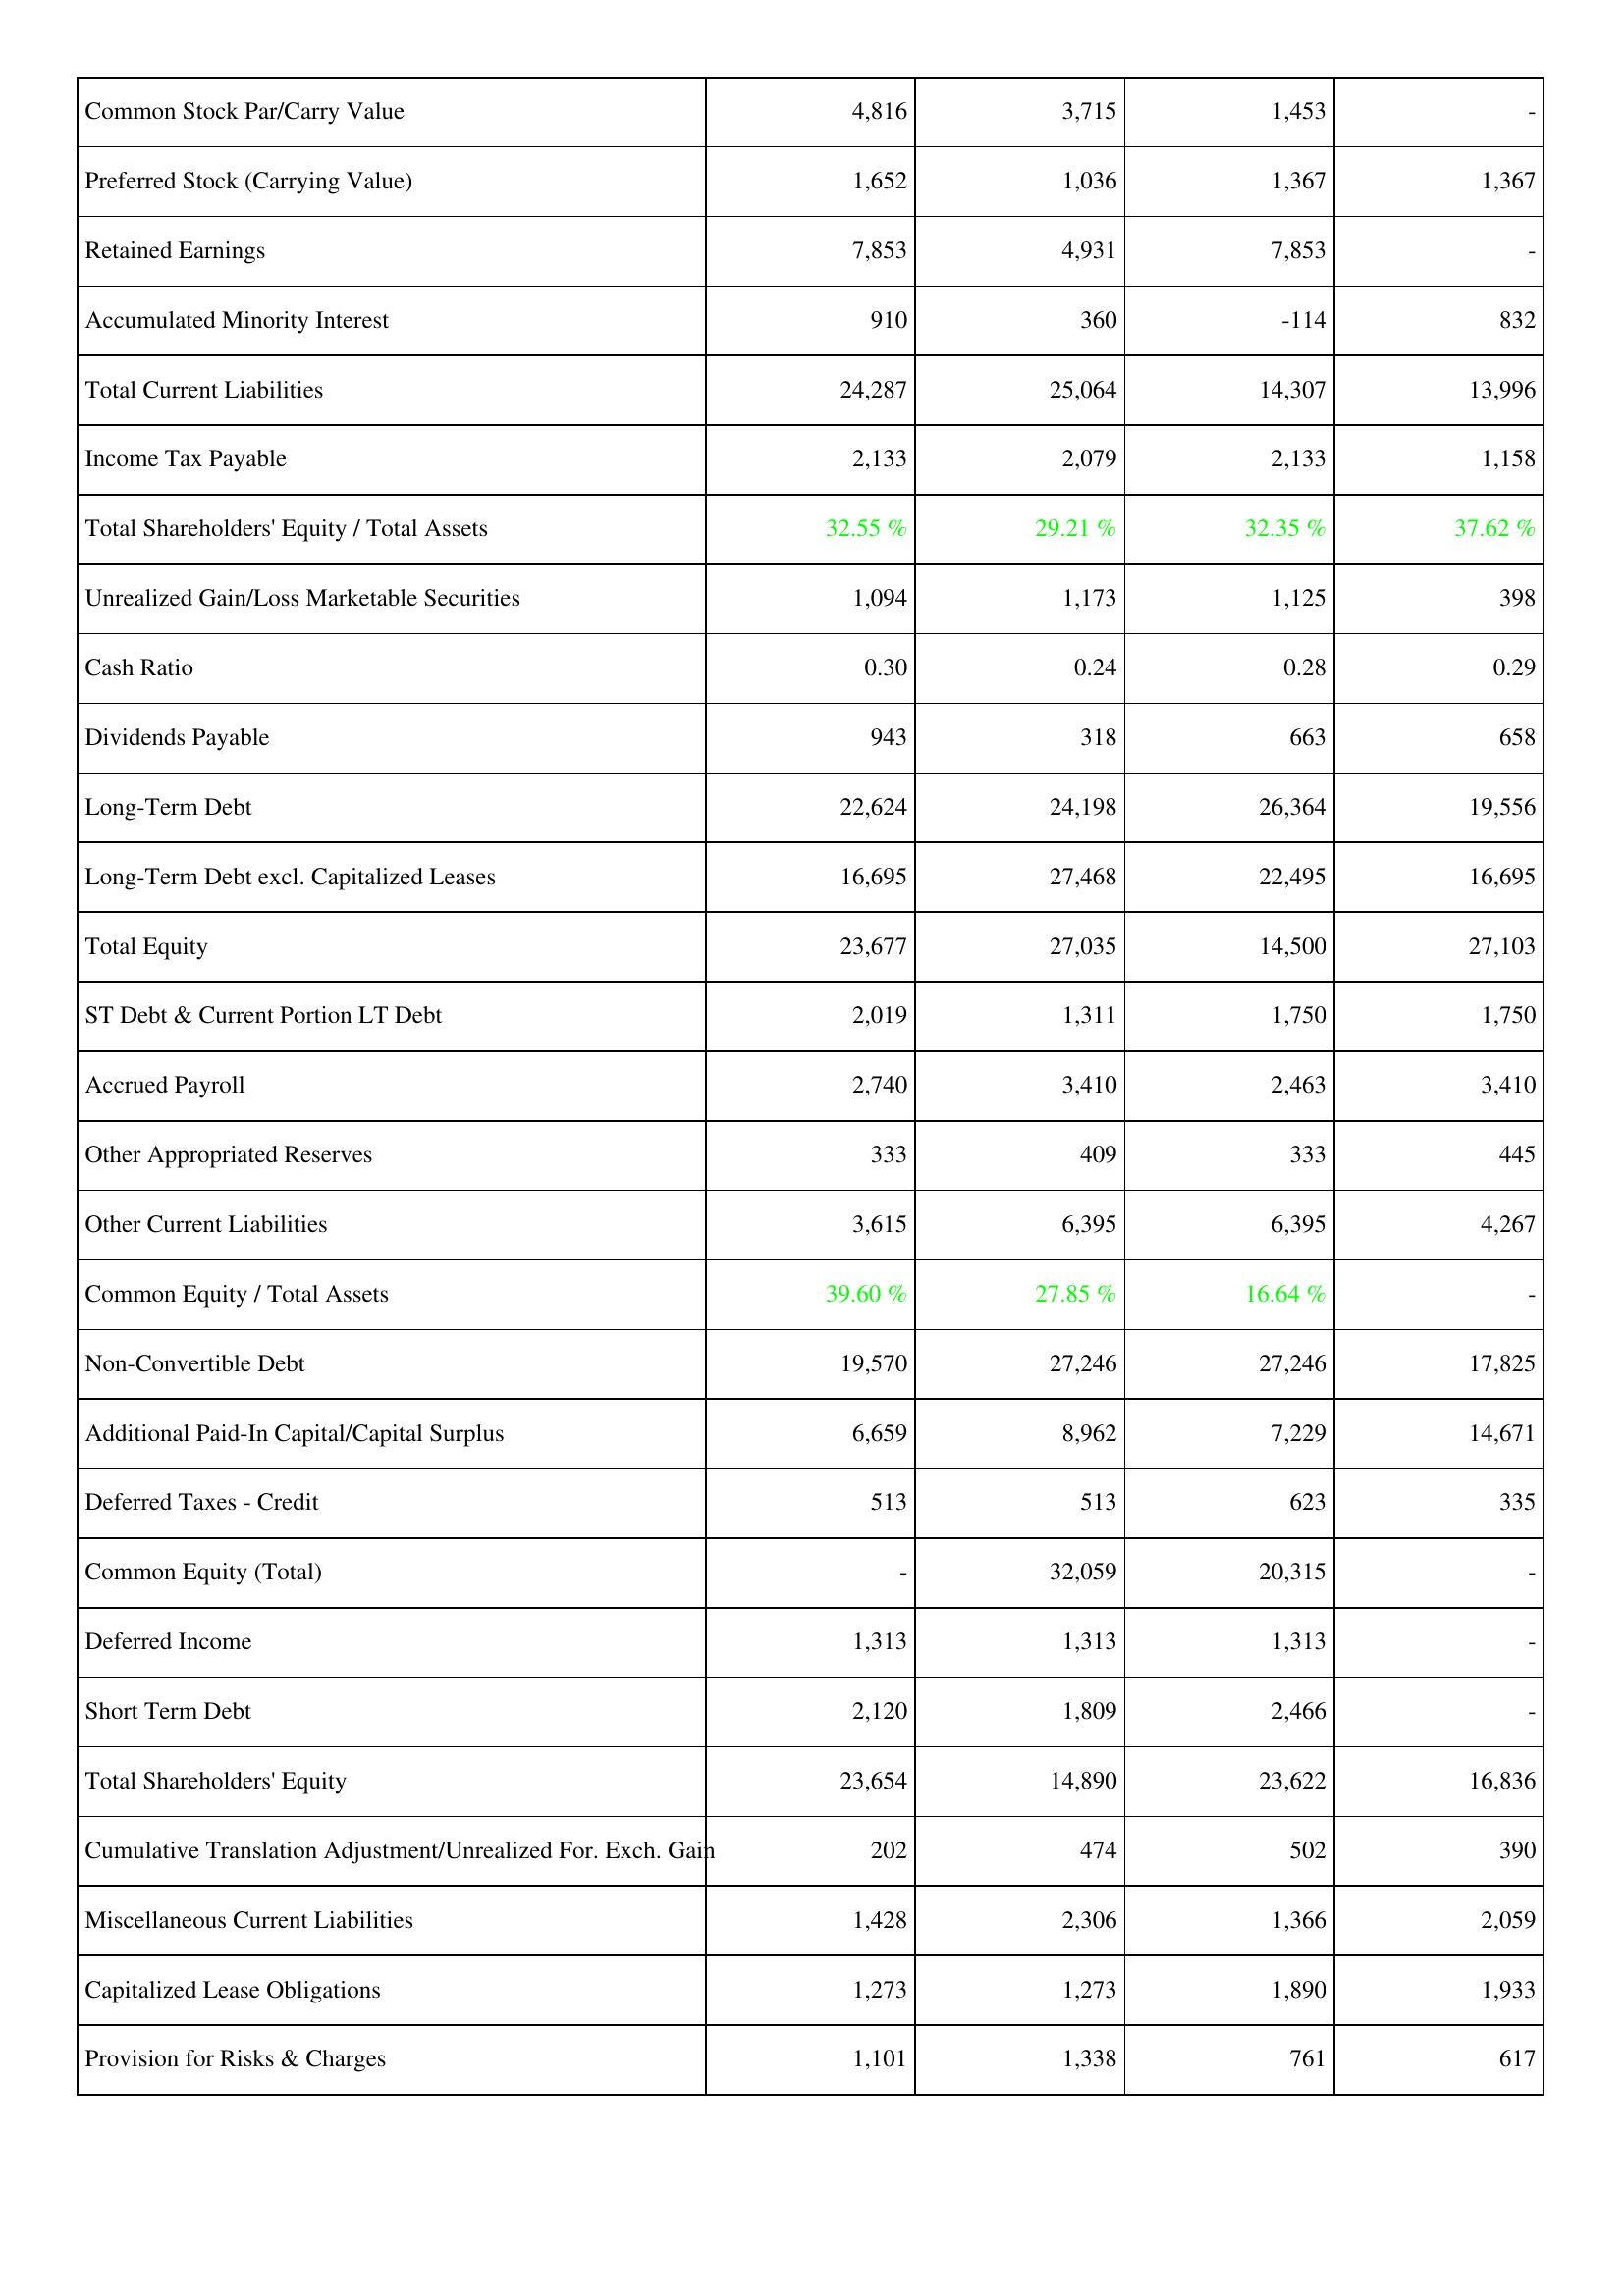
2013: Liabilities & Shareholders' Equity: Common Stock Par/Carry Value: 4,816
Preferred Stock (Carrying Value): 1,652
Retained Earnings: 7,853
Accumulated Minority Interest: 910
Total Current Liabilities: 24,287
Income Tax Payable: 2,133
Total Shareholders' Equity / Total Assets: 32.55 %
Unrealized Gain/Loss Marketable Securities: 1,094
Cash Ratio: 0.30
Dividends Payable: 943
Long-Term Debt: 22,624
Long-Term Debt excl. Capitalized Leases: 16,695
Total Equity: 23,677
ST Debt & Current Portion LT Debt: 2,019
Accrued Payroll: 2,740
Other Appropriated Reserves: 333
Other Current Liabilities: 3,615
Common Equity / Total Assets: 39.60 %
Non-Convertible Debt: 19,570
Additional Paid-In Capital/Capital Surplus: 6,659
Deferred Taxes - Credit: 513
Common Equity (Total): -
Deferred Income: 1,313
Short Term Debt: 2,120
Total Shareholders' Equity: 23,654
Cumulative Translation Adjustment/Unrealized For. Exch. Gain: 202
Miscellaneous Current Liabilities: 1,428
Capitalized Lease Obligations: 1,273
Provision for Risks & Charges: 1,101
2012: Liabilities & Shareholders' Equity: Common Stock Par/Carry Value: 3,715
Preferred Stock (Carrying Value): 1,036
Retained Earnings: 4,931
Accumulated Minority Interest: 360
Total Current Liabilities: 25,064
Income Tax Payable: 2,079
Total Shareholders' Equity / Total Assets: 29.21 %
Unrealized Gain/Loss Marketable Securities: 1,173
Cash Ratio: 0.24
Dividends Payable: 318
Long-Term Debt: 24,198
Long-Term Debt excl. Capitalized Leases: 27,468
Total Equity: 27,035
ST Debt & Current Portion LT Debt: 1,311
Accrued Payroll: 3,410
Other Appropriated Reserves: 409
Other Current Liabilities: 6,395
Common Equity / Total Assets: 27.85 %
Non-Convertible Debt: 27,246
Additional Paid-In Capital/Capital Surplus: 8,962
Deferred Taxes - Credit: 513
Common Equity (Total): 32,059
Deferred Income: 1,313
Short Term Debt: 1,809
Total Shareholders' Equity: 14,890
Cumulative Translation Adjustment/Unrealized For. Exch. Gain: 474
Miscellaneous Current Liabilities: 2,306
Capitalized Lease Obligations: 1,273
Provision for Risks & Charges: 1,338
2011: Liabilities & Shareholders' Equity: Common Stock Par/Carry Value: 1,453
Preferred Stock (Carrying Value): 1,367
Retained Earnings: 7,853
Accumulated Minority Interest: -114
Total Current Liabilities: 14,307
Income Tax Payable: 2,133
Total Shareholders' Equity / Total Assets: 32.35 %
Unrealized Gain/Loss Marketable Securities: 1,125
Cash Ratio: 0.28
Dividends Payable: 663
Long-Term Debt: 26,364
Long-Term Debt excl. Capitalized Leases: 22,495
Total Equity: 14,500
ST Debt & Current Portion LT Debt: 1,750
Accrued Payroll: 2,463
Other Appropriated Reserves: 333
Other Current Liabilities: 6,395
Common Equity / Total Assets: 16.64 %
Non-Convertible Debt: 27,246
Additional Paid-In Capital/Capital Surplus: 7,229
Deferred Taxes - Credit: 623
Common Equity (Total): 20,315
Deferred Income: 1,313
Short Term Debt: 2,466
Total Shareholders' Equity: 23,622
Cumulative Translation Adjustment/Unrealized For. Exch. Gain: 502
Miscellaneous Current Liabilities: 1,366
Capitalized Lease Obligations: 1,890
Provision for Risks & Charges: 761
2010: Liabilities & Shareholders' Equity: Common Stock Par/Carry Value: -
Preferred Stock (Carrying Value): 1,367
Retained Earnings: -
Accumulated Minority Interest: 832
Total Current Liabilities: 13,996
Income Tax Payable: 1,158
Total Shareholders' Equity / Total Assets: 37.62 %
Unrealized Gain/Loss Marketable Securities: 398
Cash Ratio: 0.29
Dividends Payable: 658
Long-Term Debt: 19,556
Long-Term Debt excl. Capitalized Leases: 16,695
Total Equity: 27,103
ST Debt & Current Portion LT Debt: 1,750
Accrued Payroll: 3,410
Other Appropriated Reserves: 445
Other Current Liabilities: 4,267
Common Equity / Total Assets: -
Non-Convertible Debt: 17,825
Additional Paid-In Capital/Capital Surplus: 14,671
Deferred Taxes - Credit: 335
Common Equity (Total): -
Deferred Income: -
Short Term Debt: -
Total Shareholders' Equity: 16,836
Cumulative Translation Adjustment/Unrealized For. Exch. Gain: 390
Miscellaneous Current Liabilities: 2,059
Capitalized Lease Obligations: 1,933
Provision for Risks & Charges: 617